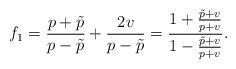
LaTeX: \begin{align*}f_{1} = \frac{p+\tilde{p}}{p-\tilde{p}} + \frac{2 v}{p-\tilde{p}}=\frac{1+\frac{\tilde{p}+v}{p+v}}{1-\frac{\tilde{p}+v}{p+v}}.\end{align*}